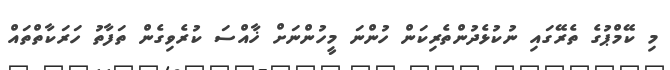
މި ކޭމްޕުގެ ތެރޭގައި ނުކުޅެދުންތެރިކަން ހުންނަ މީހުންނަށް ޚާއްސަ ކުރެވިގެން ތަފާތު ހަރަކާތްތައް